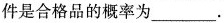
件是合格品的概率为___。